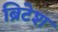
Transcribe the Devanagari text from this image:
ब्रिटेश